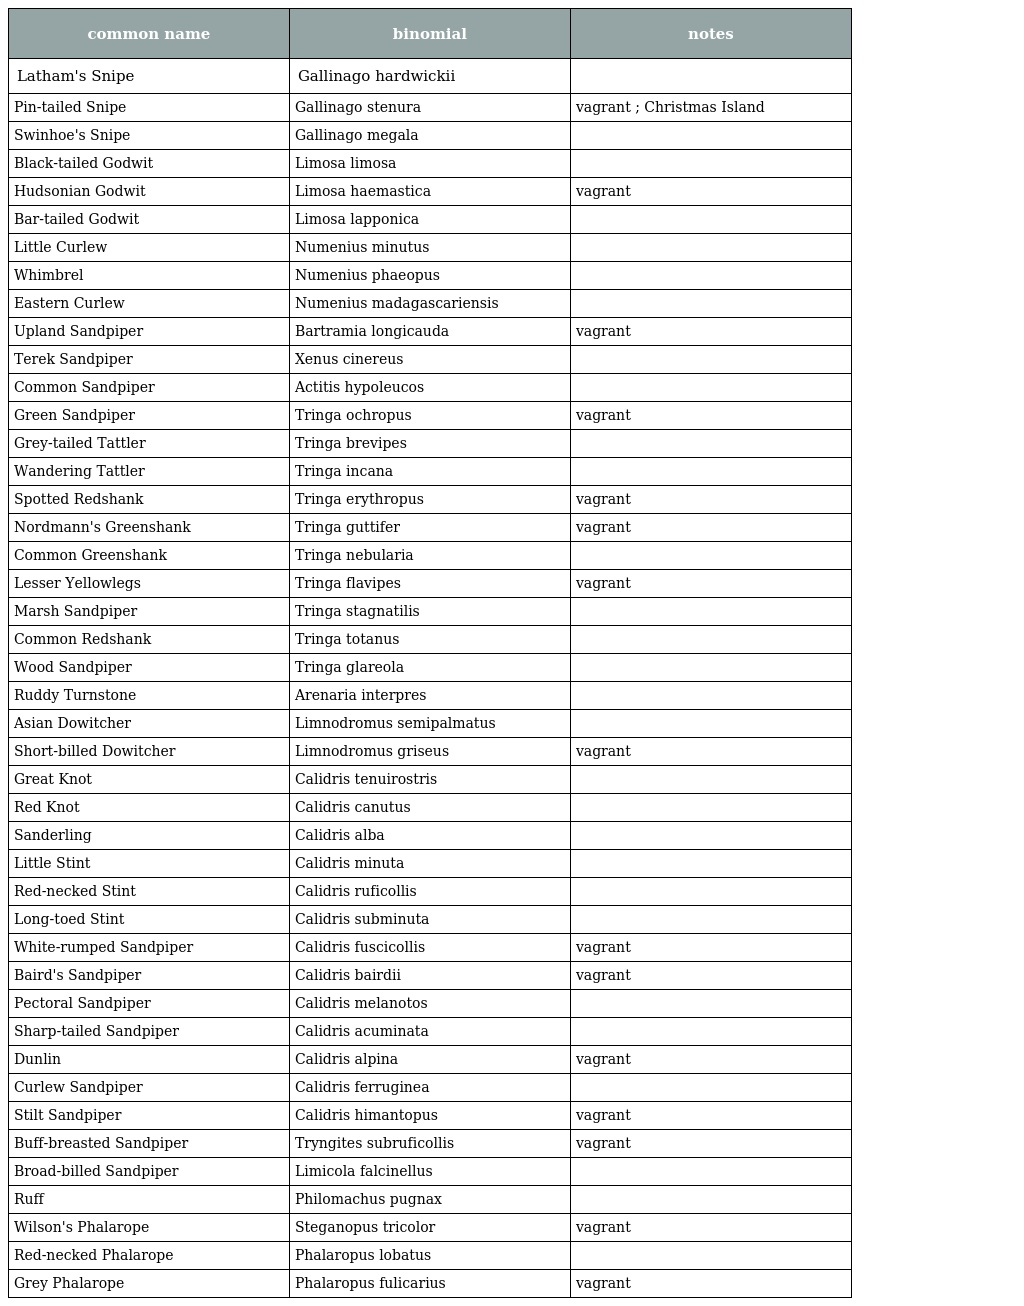
| common name | binomial | notes |
 | --- | --- | --- |
 | Latham's Snipe | Gallinago hardwickii |  |
 | Pin-tailed Snipe | Gallinago stenura | vagrant ; Christmas Island |
 | Swinhoe's Snipe | Gallinago megala |  |
 | Black-tailed Godwit | Limosa limosa |  |
 | Hudsonian Godwit | Limosa haemastica | vagrant |
 | Bar-tailed Godwit | Limosa lapponica |  |
 | Little Curlew | Numenius minutus |  |
 | Whimbrel | Numenius phaeopus |  |
 | Eastern Curlew | Numenius madagascariensis |  |
 | Upland Sandpiper | Bartramia longicauda | vagrant |
 | Terek Sandpiper | Xenus cinereus |  |
 | Common Sandpiper | Actitis hypoleucos |  |
 | Green Sandpiper | Tringa ochropus | vagrant |
 | Grey-tailed Tattler | Tringa brevipes |  |
 | Wandering Tattler | Tringa incana |  |
 | Spotted Redshank | Tringa erythropus | vagrant |
 | Nordmann's Greenshank | Tringa guttifer | vagrant |
 | Common Greenshank | Tringa nebularia |  |
 | Lesser Yellowlegs | Tringa flavipes | vagrant |
 | Marsh Sandpiper | Tringa stagnatilis |  |
 | Common Redshank | Tringa totanus |  |
 | Wood Sandpiper | Tringa glareola |  |
 | Ruddy Turnstone | Arenaria interpres |  |
 | Asian Dowitcher | Limnodromus semipalmatus |  |
 | Short-billed Dowitcher | Limnodromus griseus | vagrant |
 | Great Knot | Calidris tenuirostris |  |
 | Red Knot | Calidris canutus |  |
 | Sanderling | Calidris alba |  |
 | Little Stint | Calidris minuta |  |
 | Red-necked Stint | Calidris ruficollis |  |
 | Long-toed Stint | Calidris subminuta |  |
 | White-rumped Sandpiper | Calidris fuscicollis | vagrant |
 | Baird's Sandpiper | Calidris bairdii | vagrant |
 | Pectoral Sandpiper | Calidris melanotos |  |
 | Sharp-tailed Sandpiper | Calidris acuminata |  |
 | Dunlin | Calidris alpina | vagrant |
 | Curlew Sandpiper | Calidris ferruginea |  |
 | Stilt Sandpiper | Calidris himantopus | vagrant |
 | Buff-breasted Sandpiper | Tryngites subruficollis | vagrant |
 | Broad-billed Sandpiper | Limicola falcinellus |  |
 | Ruff | Philomachus pugnax |  |
 | Wilson's Phalarope | Steganopus tricolor | vagrant |
 | Red-necked Phalarope | Phalaropus lobatus |  |
 | Grey Phalarope | Phalaropus fulicarius | vagrant |